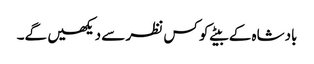
بادشاہ کے بیٹے کو کس نظر سے دیکھیں گے۔